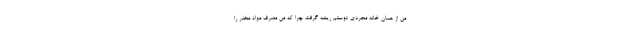
من از همان خانه مجردی دوستم ریشه گرفت چرا که من مصرف مواد مخدر را